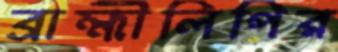
ব্রাহ্মীলিপির